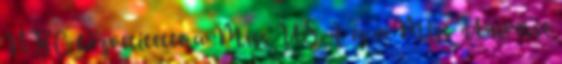
NBC közvetítette a Miss USA és a Miss Universe